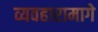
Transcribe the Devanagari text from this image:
व्यवहारामागे